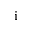
_ \mathrm { i }